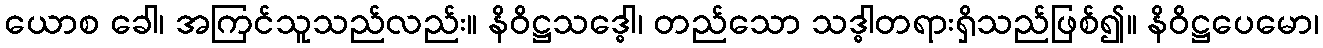
ယောစ ခေါ၊ အကြင်သူသည်လည်း။ နိဝိဋ္ဌသဒ္ဓေါ၊ တည်သော သဒ္ဓါတရားရှိသည်ဖြစ်၍။ နိဝိဋ္ဌပေမော၊